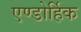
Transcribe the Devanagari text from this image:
एण्डोर्हिक